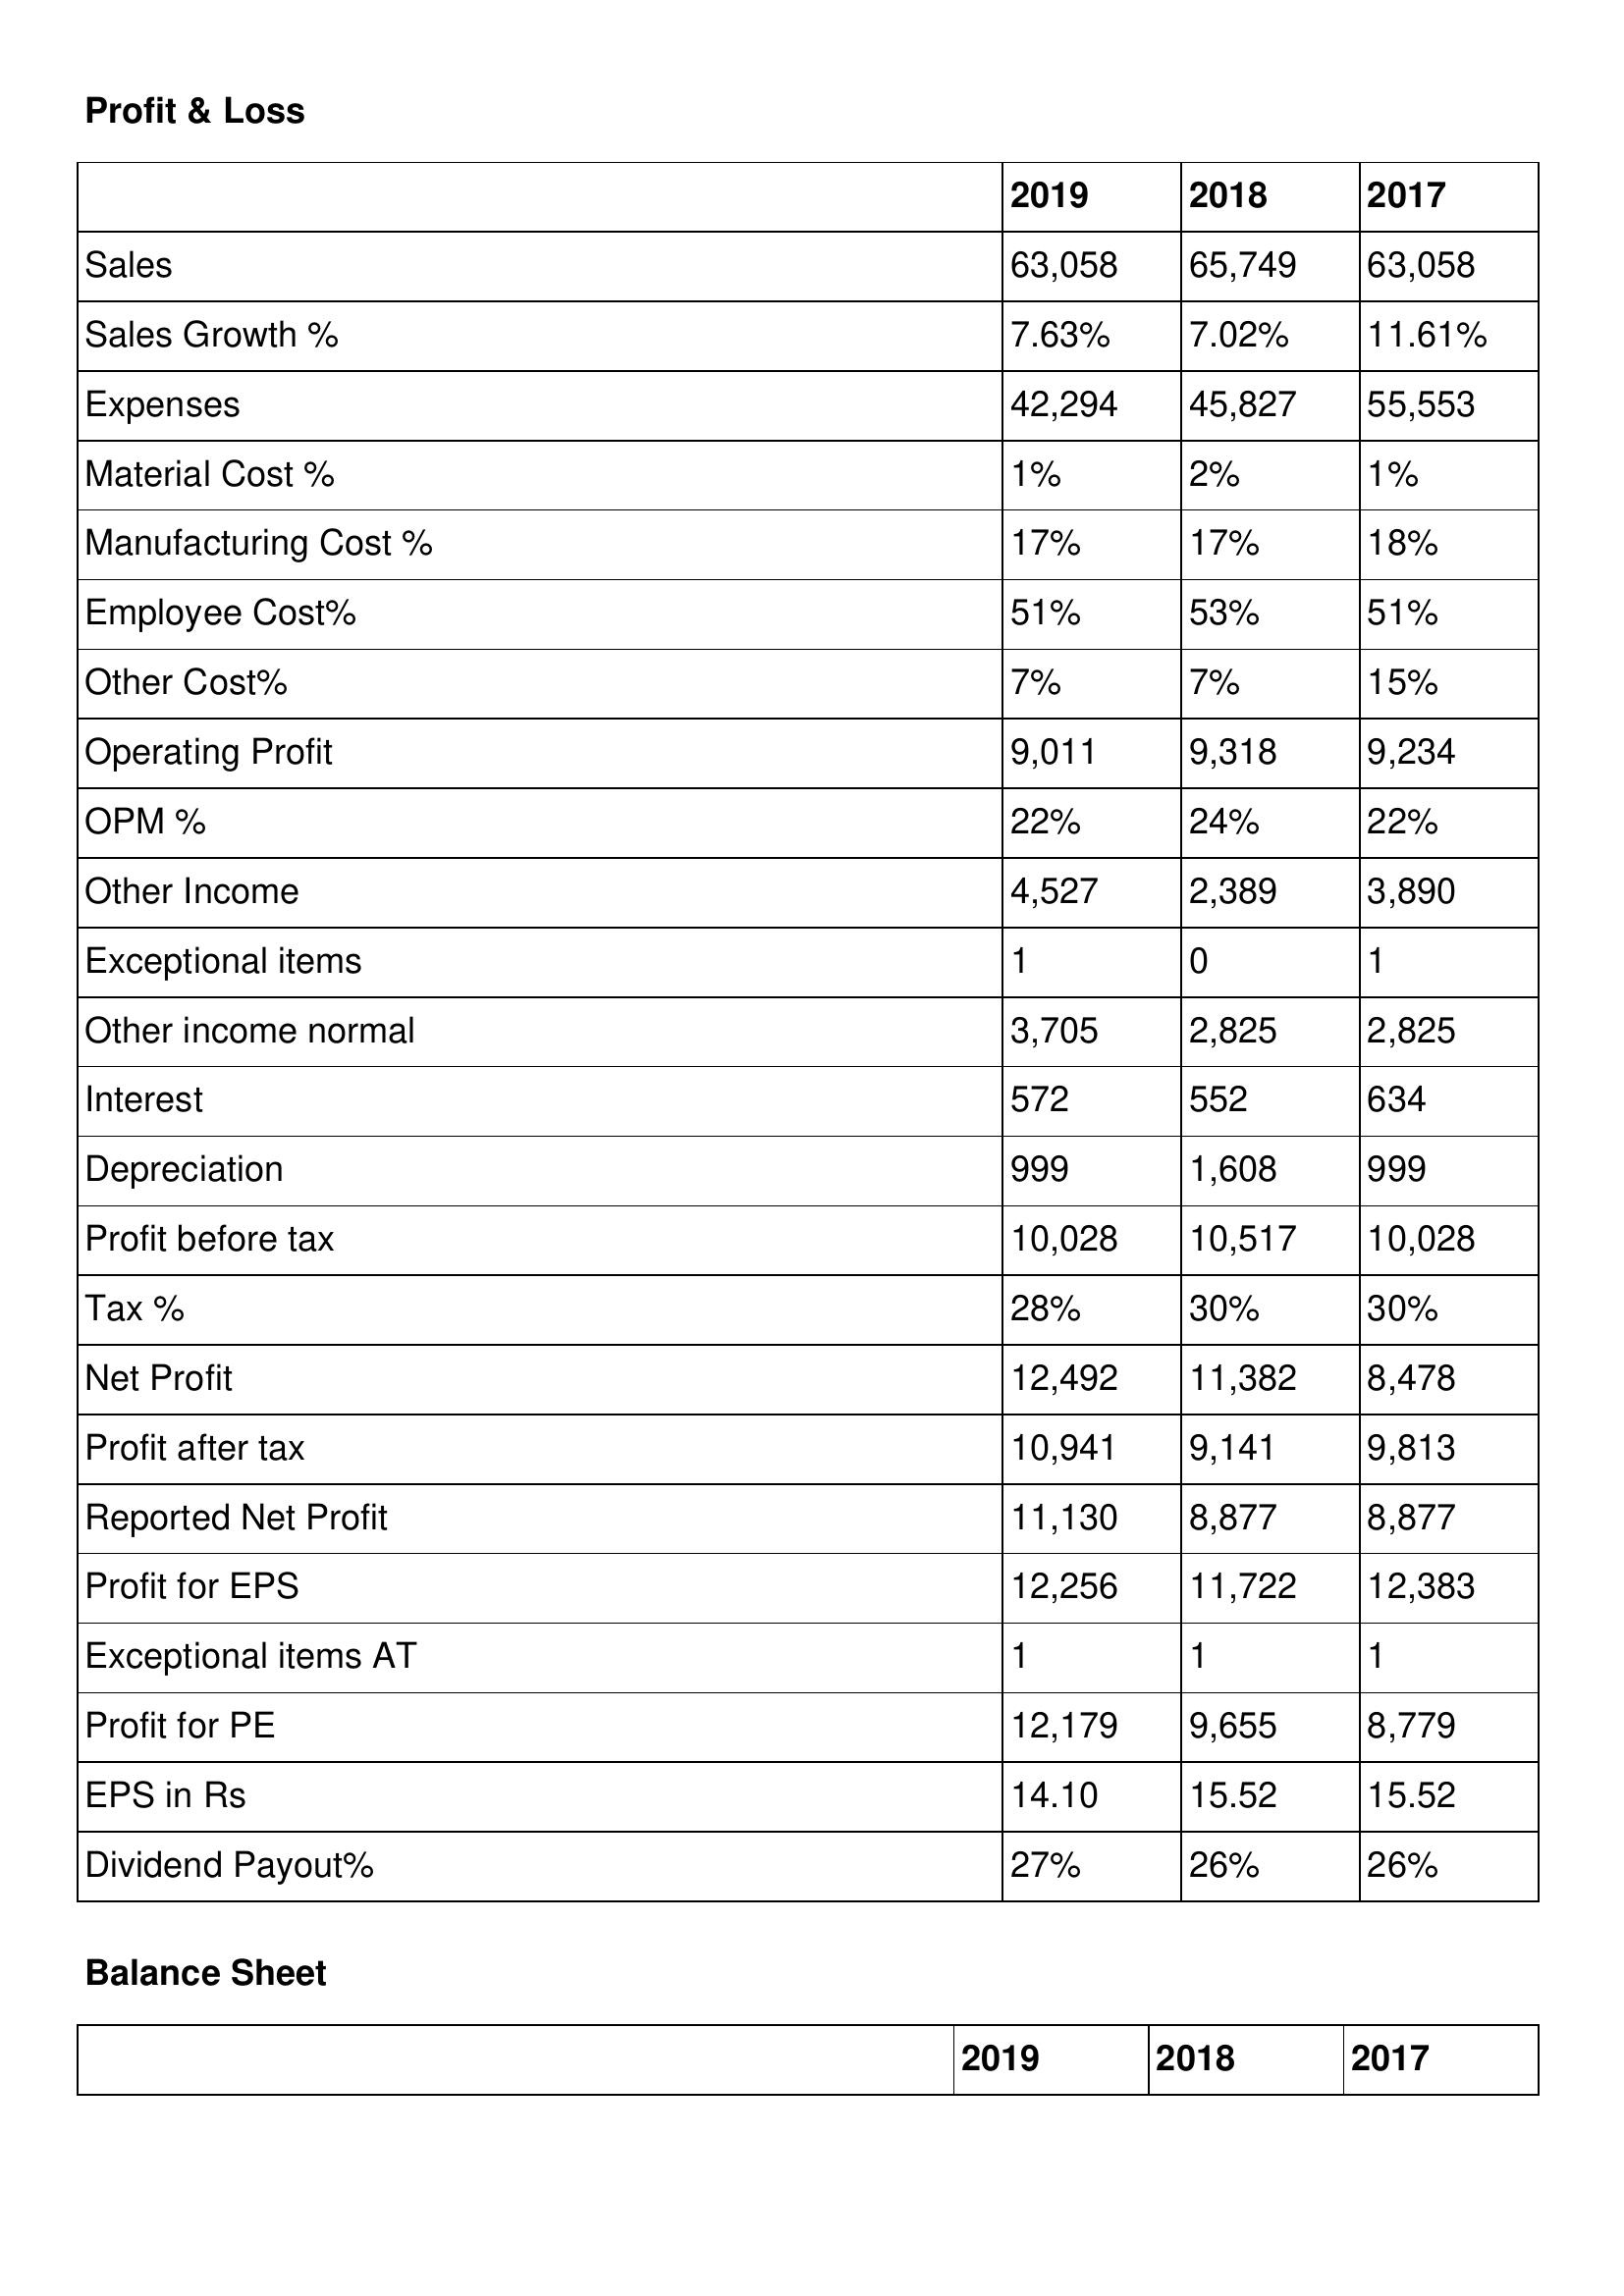
gt_parse: 2019: Profit & Loss: Sales: 63,058
Sales Growth %: 7.63%
Expenses: 42,294
Material Cost %: 1%
Manufacturing Cost %: 17%
Employee Cost%: 51%
Other Cost%: 7%
Operating Profit: 9,011
OPM %: 22%
Other Income: 4,527
Exceptional items: 1
Other income normal: 3,705
Interest: 572
Depreciation: 999
Profit before tax: 10,028
Tax %: 28%
Net Profit: 12,492
Profit after tax: 10,941
Reported Net Profit: 11,130
Profit for EPS: 12,256
Exceptional items AT: 1
Profit for PE: 12,179
EPS in Rs: 14.10
Dividend Payout%: 27%
2018: Profit & Loss: Sales: 65,749
Sales Growth %: 7.02%
Expenses: 45,827
Material Cost %: 2%
Manufacturing Cost %: 17%
Employee Cost%: 53%
Other Cost%: 7%
Operating Profit: 9,318
OPM %: 24%
Other Income: 2,389
Exceptional items: 0
Other income normal: 2,825
Interest: 552
Depreciation: 1,608
Profit before tax: 10,517
Tax %: 30%
Net Profit: 11,382
Profit after tax: 9,141
Reported Net Profit: 8,877
Profit for EPS: 11,722
Exceptional items AT: 1
Profit for PE: 9,655
EPS in Rs: 15.52
Dividend Payout%: 26%
2017: Profit & Loss: Sales: 63,058
Sales Growth %: 11.61%
Expenses: 55,553
Material Cost %: 1%
Manufacturing Cost %: 18%
Employee Cost%: 51%
Other Cost%: 15%
Operating Profit: 9,234
OPM %: 22%
Other Income: 3,890
Exceptional items: 1
Other income normal: 2,825
Interest: 634
Depreciation: 999
Profit before tax: 10,028
Tax %: 30%
Net Profit: 8,478
Profit after tax: 9,813
Reported Net Profit: 8,877
Profit for EPS: 12,383
Exceptional items AT: 1
Profit for PE: 8,779
EPS in Rs: 15.52
Dividend Payout%: 26%